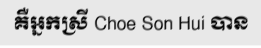
គឺអ្នកស្រី Choe Son Hui បាន